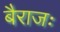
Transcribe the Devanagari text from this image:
बैराजः